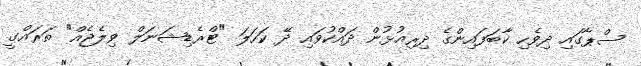
ސްޕާގައި ދިވެހި ކާބަފައިންގެ ދިރިއުޅުން ދައްކުވައި ދޭ ކަހަލަ "ޓްރެޑިޝަނަލް ވިލެޖެއް" ތަރައްގީ